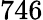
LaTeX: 746